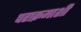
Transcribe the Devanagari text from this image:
पराक्रमाशी